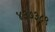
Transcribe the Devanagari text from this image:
४३७३८९